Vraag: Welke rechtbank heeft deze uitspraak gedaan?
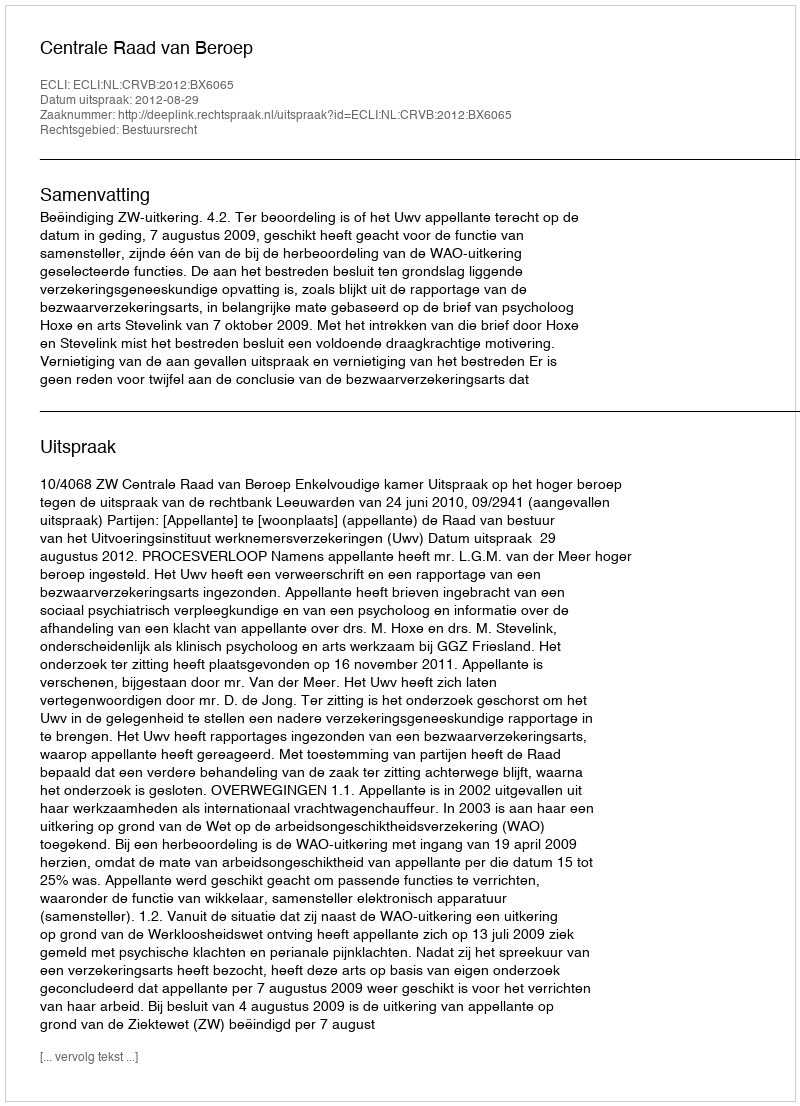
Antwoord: Centrale Raad van Beroep